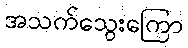
အသက်သွေးကြော